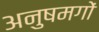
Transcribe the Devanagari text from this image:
अनुषमगों